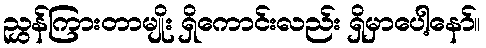
ညွှန်ကြားတာမျိုး ရှိကောင်းလည်း ရှိမှာပေါ့နော်။